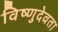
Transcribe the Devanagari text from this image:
विष्णुदेवता